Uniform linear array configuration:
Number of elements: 48
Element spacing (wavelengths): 0.25
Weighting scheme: uniform
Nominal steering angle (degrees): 0
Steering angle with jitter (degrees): -1.133
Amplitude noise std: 0.05
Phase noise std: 0.05

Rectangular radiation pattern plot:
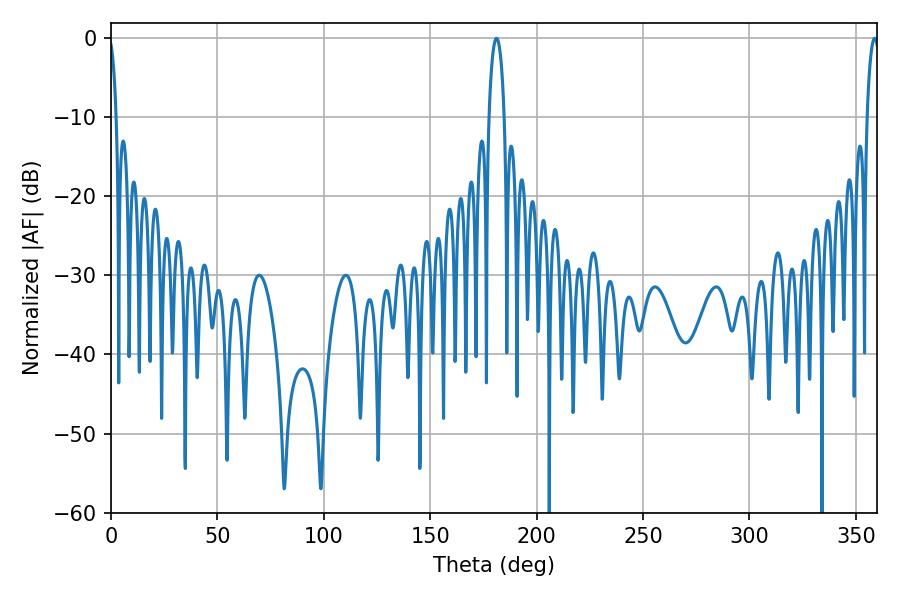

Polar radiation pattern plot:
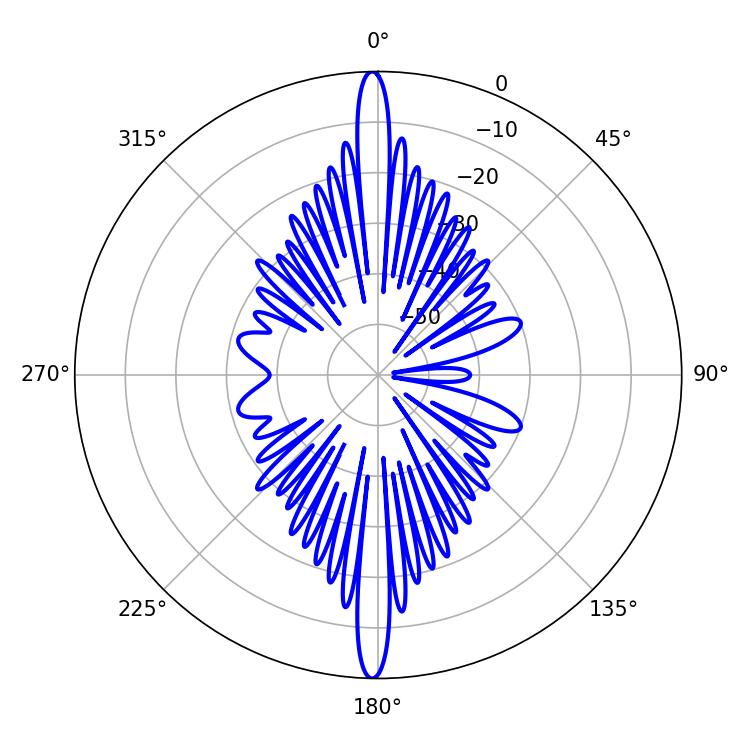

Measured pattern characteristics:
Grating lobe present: FALSE
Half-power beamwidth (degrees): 4.14
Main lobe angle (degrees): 181.08